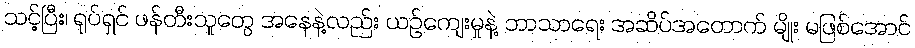
သင့်ပြီး၊ ရုပ်ရှင် ဖန်တီးသူတွေ အနေနဲ့လည်း ယဉ်ကျေးမှုနဲ့ ဘာသာရေး အဆိပ်အတောက် မျိုး မဖြစ်အောင်